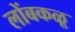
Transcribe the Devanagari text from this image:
लोंबकळू